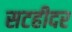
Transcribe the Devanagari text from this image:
सटहीदर